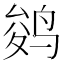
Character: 𱉾